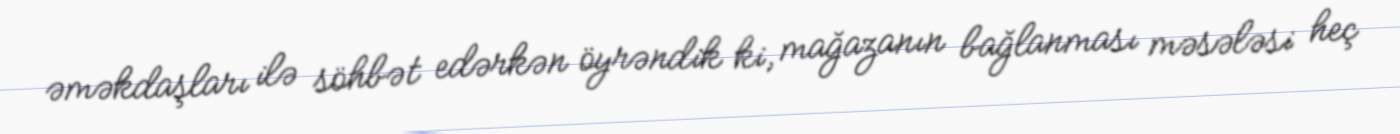
əməkdaşları ilə söhbət edərkən öyrəndik ki, mağazanın bağlanması məsələsi heç